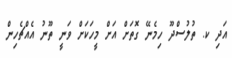
އަދި ކ. ތުލުސްދޫ ހިމެނޭ ގޮތަށް އަށް މީހަކަށް ވަނީ ތޫނު އެއްޗެހިން